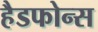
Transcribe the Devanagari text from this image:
हैडफोन्स